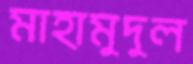
মাহামুদুল